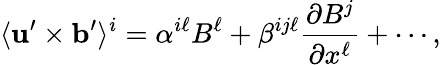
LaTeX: \langle{{\mathbf{u}}^{\prime}\times{\mathbf{b}}^{\prime}}\rangle^{i}=\alpha^{i\ell}B^{\ell}+\beta^{ij\ell}\frac{\partial B^{j}}{\partial x^{\ell}}+\cdots,